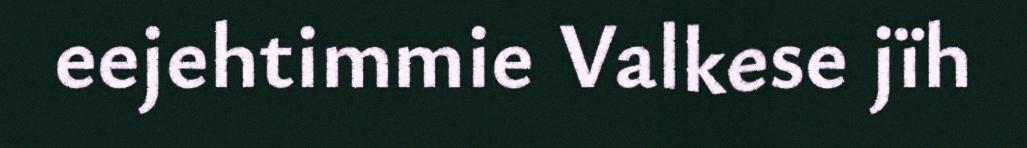
eejehtimmie Valkese jïh